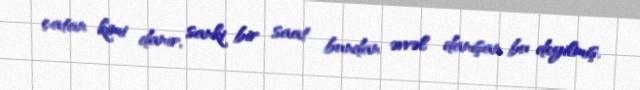
çatan kimi danır, sanki bir saat bundan əvvəl danışan bu deyilmiş.